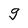
Character: g